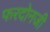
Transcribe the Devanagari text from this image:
फरदोनजी